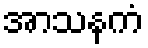
အာသနကံ